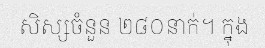
សិស្សចំនួន ២៨០នាក់។ ក្នុង